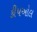
કીપઓલ